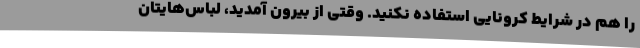
را هم در شرایط کرونایی استفاده نکنید. وقتی از بیرون آمدید، لباس‌هایتان